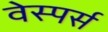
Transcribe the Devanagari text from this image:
वेस्पर्स